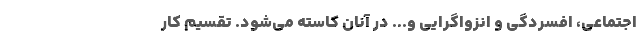
اجتماعی، افسردگی و انزواگرایی و... در آنان کاسته می‌شود. تقسیم کار